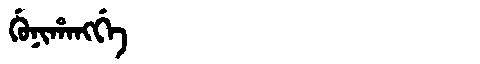
Manchu: ᡤᡠᠨᡳᡥᠠᠩᡤᡝ
Romanization: GUNIHANGGE